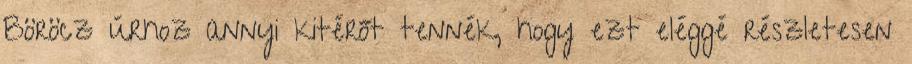
Böröcz úrhoz annyi kitérőt tennék, hogy ezt eléggé részletesen